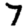
Digit: 7